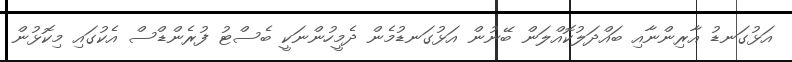
އަޅުގަނޑު އާރިންނާއި ބައްދަލުކޮއްލަން ބޭނުން އަޅުގަނޑުމެން ދެމީހުންނަކީ ބެސްޓު ފުރެންޑްސް އެކުގައި މިކޮޅުން